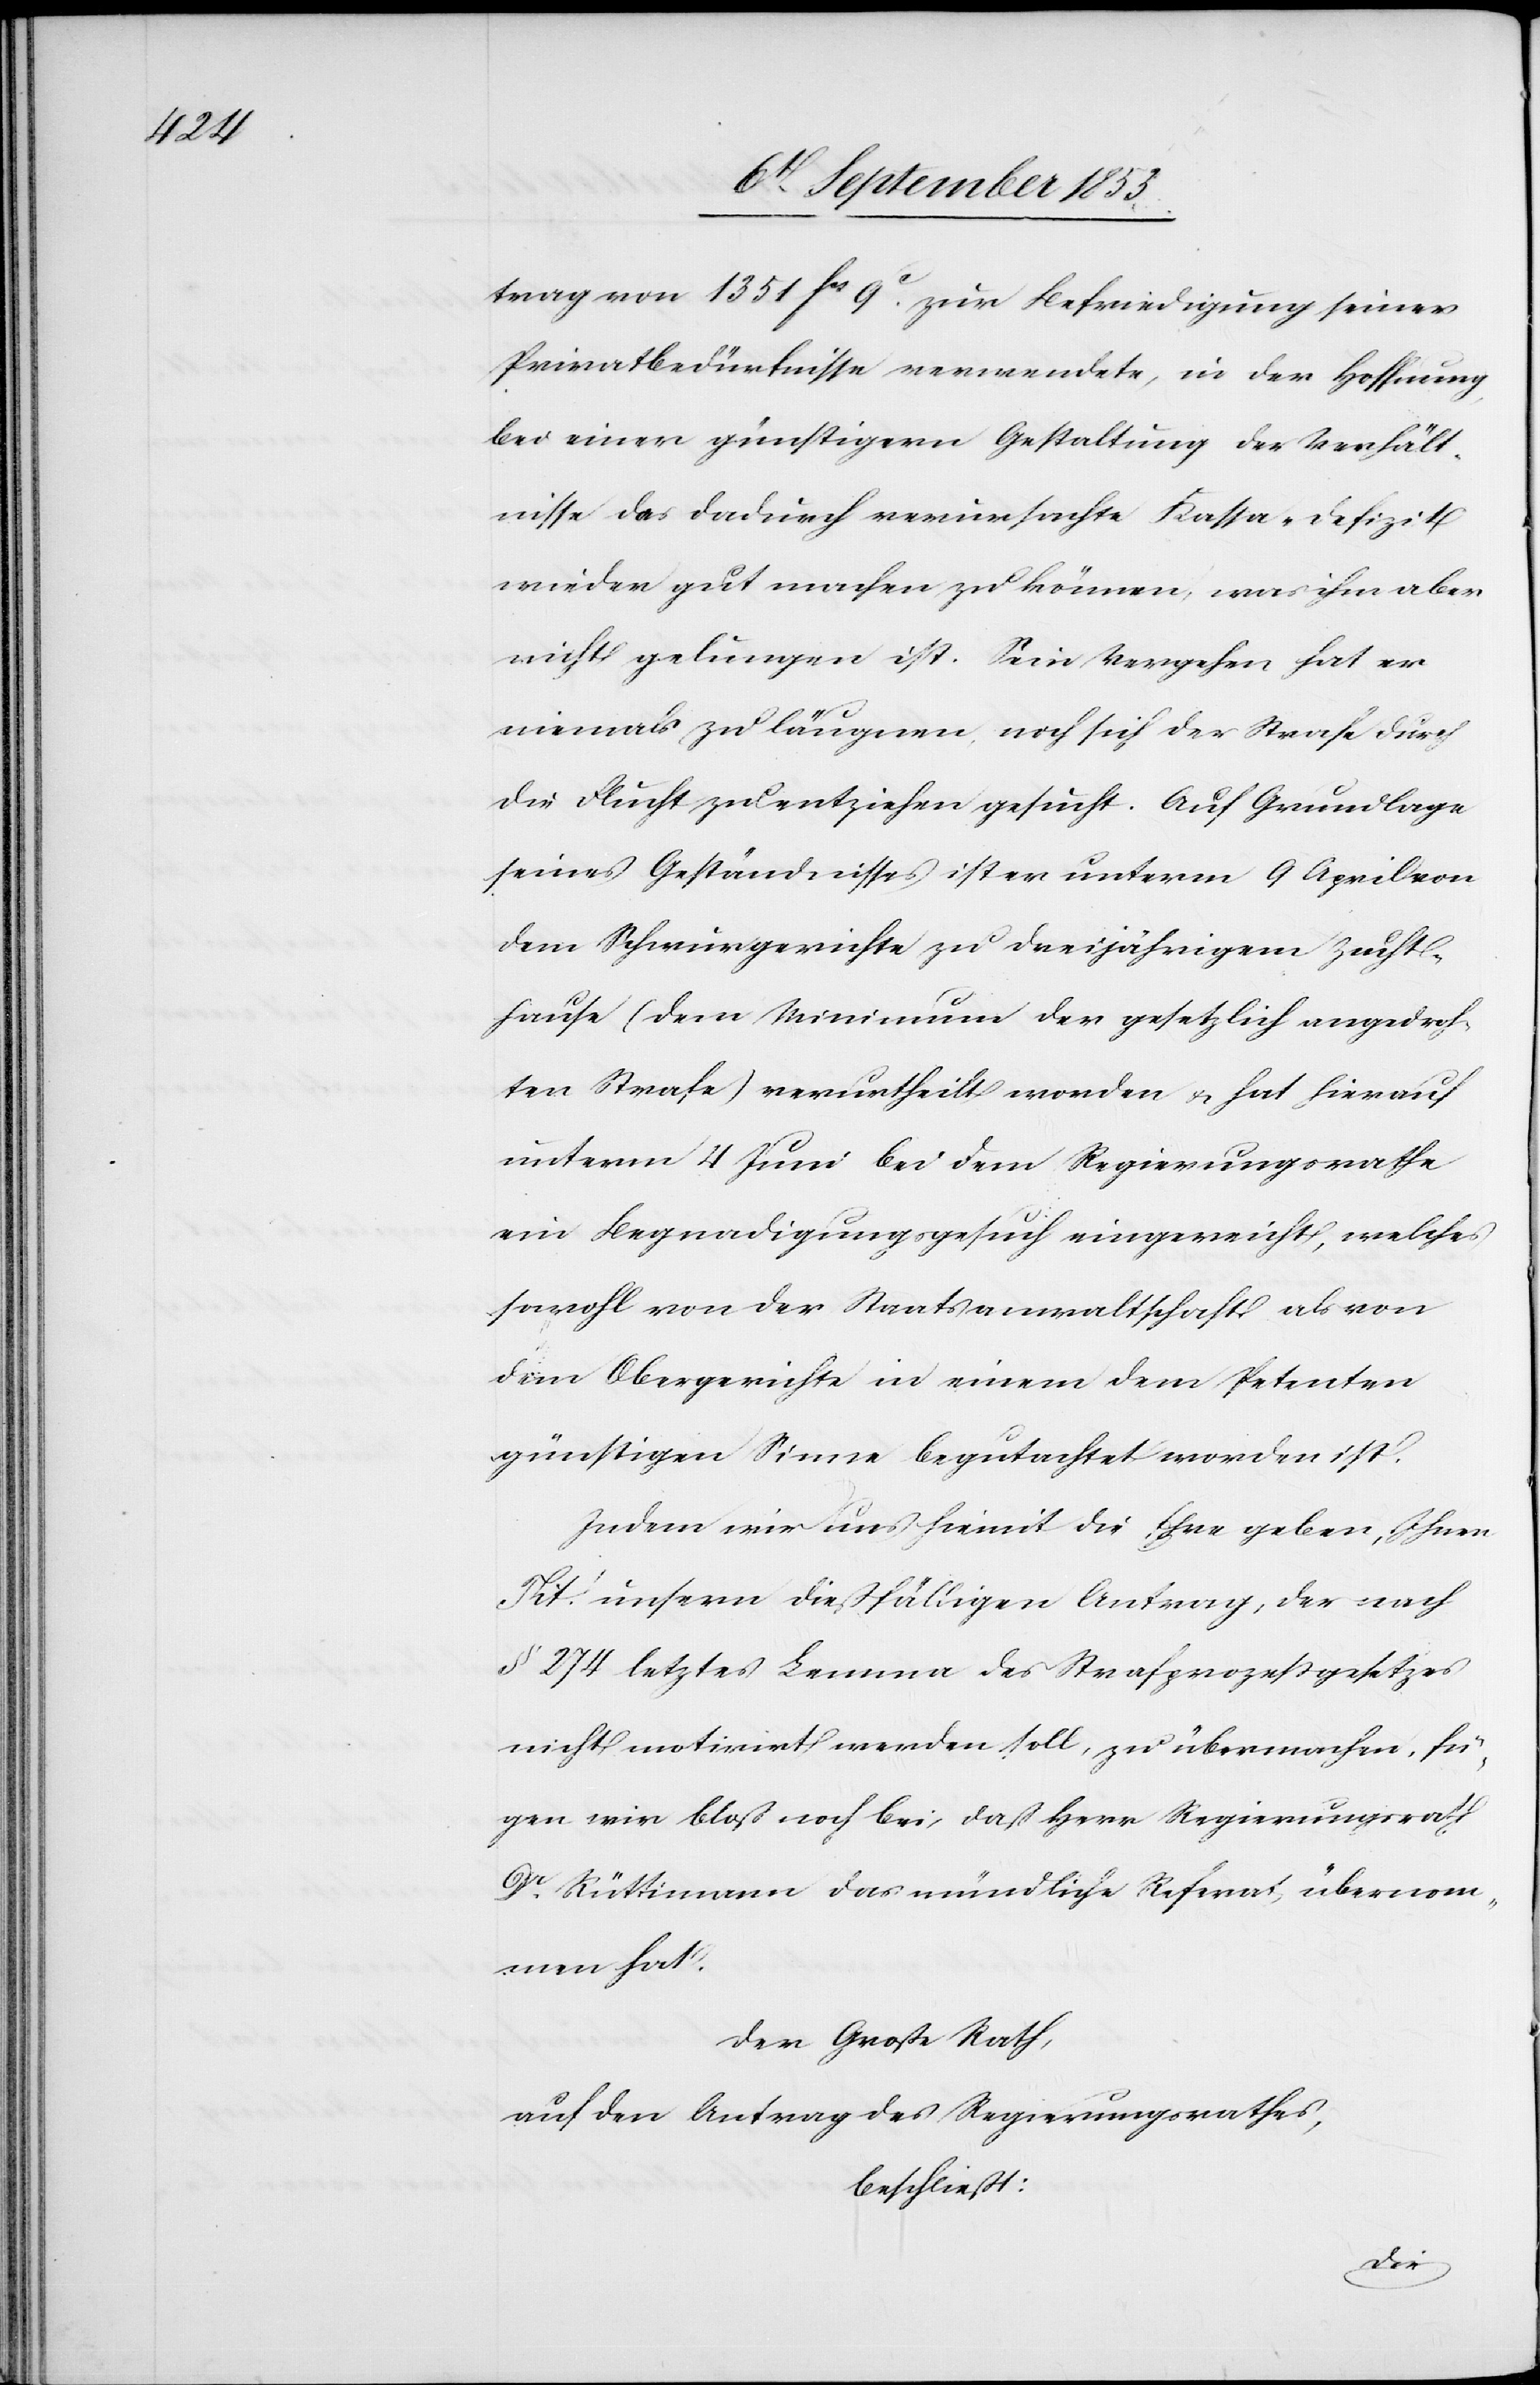
trag von 1351 fcs 9c zur Befriedigung seiner
Privatbedürfnisse verwendete, in der Hoffnung,
bei einer günstigen Gestaltung der Verhält¬
nisse das dadurch verursachte Kassa-Defizit
wieder gut machen zu können, was ihm aber
nicht gelungen ist. Sein Vergehen hat der
niemals zu läugnen, noch sich der Strafe durch
die Flucht zu entziehen gesucht. Auf Grundlage
seines Geständnisses ist er unterm 9 April von
dem Schwurgerichte zu dreijährigem Zucht¬
hause (dem Minimum der gesetzlich angedroh¬
ten Strafe) verurtheilt worden u. hat hierauf
unterm 4 Juni bei dem Regierungsrathe
ein Begnadigungsgesuch eingereicht, welches
sowohl von der Staatsanwaltschaft als von
dem Obergerichte in einem dem Petenten
günstigen Sinne begutachtet worden ist.
Indem wir uns hiemit die Ehre geben, Ihnen
Tit.’ unserm dießfälligen Antrag, der nach
§ 274 letztes Lemma des Strafprozeßgesetzes
nicht motivirt werden soll, zu übermachen, fü¬
gen wir bloß noch bei, daß Herr Regierungsrath
Dr Rüttimann das mündliche Referat, übernom¬
men hat.
Der Große Rath,
auf den Antrag des Regierungsrathes,
beschließt: